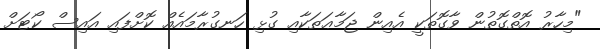
"މިހާރު އޮތްގޮތުން ވާގޮތަކީ އެއިން ޖަމާޢަތަކާއި ގުޅި ހަނގުރާމައެއް ކޮށްފައި އައިސް ކޯޓަށް